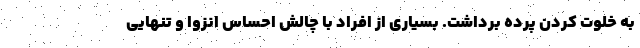
به خلوت کردن پرده برداشت. بسیاری از افراد با چالش احساس انزوا و تنهایی